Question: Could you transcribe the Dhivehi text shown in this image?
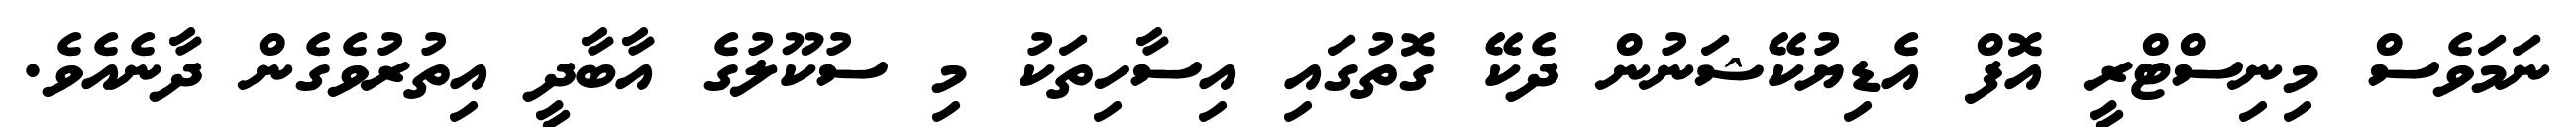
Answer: ނަމަވެސް މިނިސްޓްރީ އޮފް އެޑިޔުކޭޝަނުން ދެކޭ ގޮތުގައި އިސާހިތަކު މި ސުކޫލުގެ އާބާދީ އިތުރުވެގެން ދާނެއެވެ.